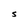
Character: s